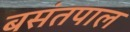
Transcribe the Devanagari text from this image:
बसंतपाल